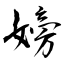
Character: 嫎